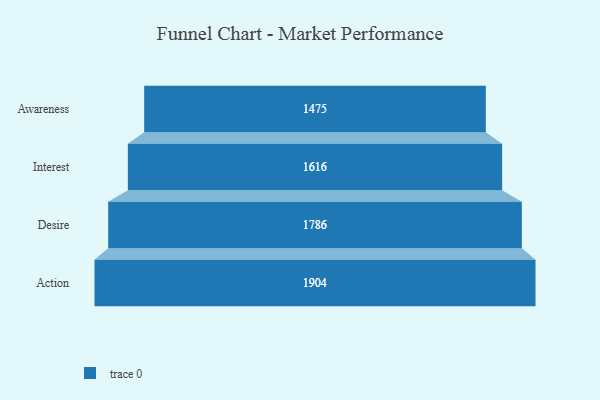
{"axis": {"x": "Stage", "y": "Value"}, "legend": [""], "data": [{"x": "Awareness", "y": 1475.0, "type": ""}, {"x": "Interest", "y": 1616.0, "type": ""}, {"x": "Desire", "y": 1786.0, "type": ""}, {"x": "Action", "y": 1904.0, "type": ""}]}